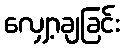
လျှော့ချခြင်း